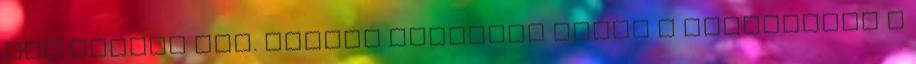
aki előtte áll. Lassan közelebb sétál a kirakathoz a